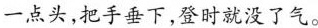
一点头，把手垂下，登时就没了气。